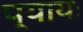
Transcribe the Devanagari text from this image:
प्यायः